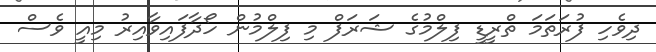
ދިވެހި ފުރަތަމަ ތްރީޑީ ފިލްމުގެ ޝަރަފް މި ފިލްމުން ހޯދާފައިވާއިރު މިއީ ވެސް